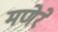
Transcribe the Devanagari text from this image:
मणेरे